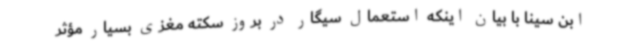
ابن سینا با بیان اینکه استعمال سیگار در بروز سکته مغزی بسیار مؤثر